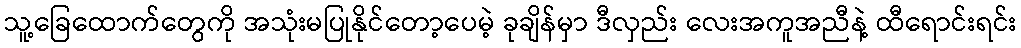
သူ့ခြေထောက်တွေကို အသုံးမပြုနိုင်တော့ပေမဲ့ ခုချိန်မှာ ဒီလှည်း လေးအကူအညီနဲ့ ထီရောင်းရင်း